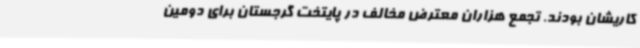
کاریشان بودند. تجمع هزاران معترض مخالف در پایتخت گرجستان برای دومین